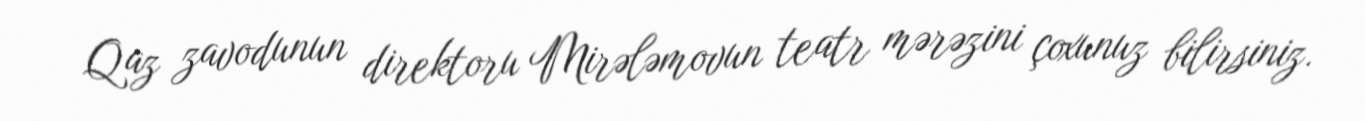
Qaz zavodunun direktoru Mirələmovun teatr mərəzini çoxunuz bilirsiniz.